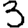
Digit: 3